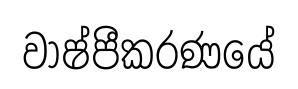
වාෂ්පීකරණයේ